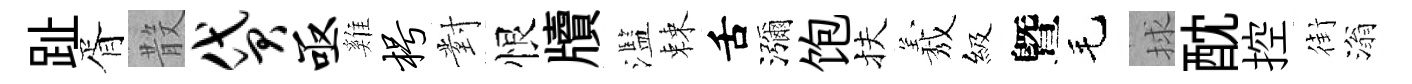
趾胥𣪚贷亟雞枵對恨牘濫棘舌瀰饱扶𦏁級曁毛捄酖控街滃